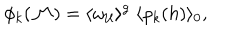
LaTeX: \phi _ { k } ( { \cal M } ) = \langle \omega _ { \cal U } \rangle ^ { g } \; \langle \rho _ { k } ( h ) \rangle _ { 0 } \mathrm { , }